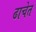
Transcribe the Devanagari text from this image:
ढाचेत